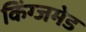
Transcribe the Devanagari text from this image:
किंग्जमेड